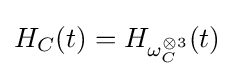
H_{C}(t)=H_{\omega _{C}^{\otimes 3}}(t)